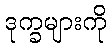
ဒုက္ခများကို